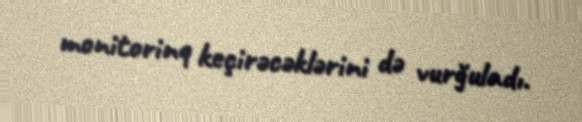
monitorinq keçirəcəklərini də vurğuladı.